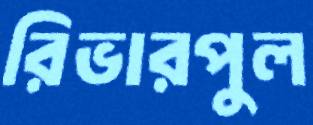
রিভারপুল